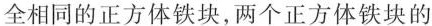
全相同的正方体铁块，两个正方体铁块的